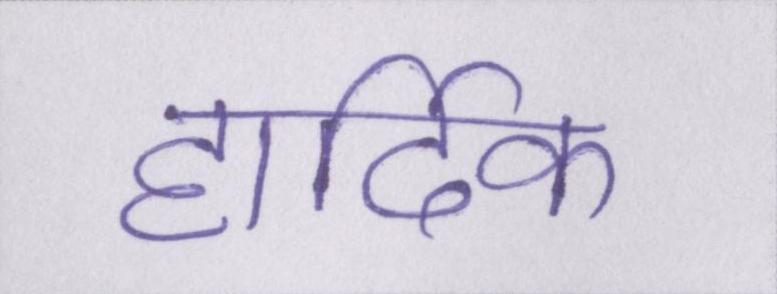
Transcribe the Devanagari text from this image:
हार्दिक